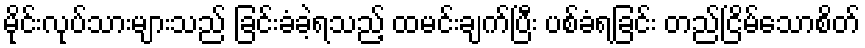
မိုင်းလုပ်သားများသည် ခြင်းခံခဲ့ရသည့် ထမင်းချက်ပြီး ပစ်ခံရခြင်း တည်ငြိမ်သောစိတ်